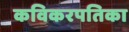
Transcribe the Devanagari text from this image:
कविकरपतिका